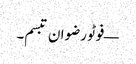
— فوٹو رضوان تبسم۔